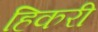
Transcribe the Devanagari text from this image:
हिकरी